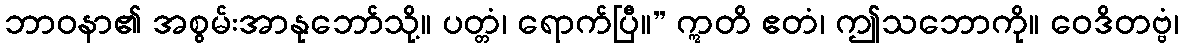
ဘာဝနာ၏ အစွမ်းအာနုဘော်သို့။ ပတ္တံ၊ ရောက်ပြီ။” ဣတိ ဧတံ၊ ဤသဘောကို။ ဝေဒိတဗ္ဗံ၊